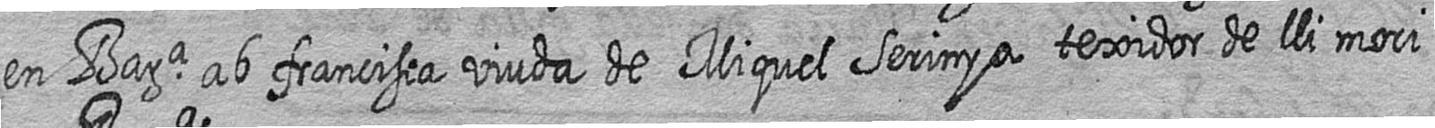
en Bara ab francisca viuda de Miquel Serinya texidor de lli mori